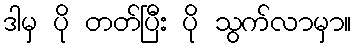
ဒါမှ ပို တတ်ပြီး ပို သွက်လာမှာ။